Lunatic asylums in Bengal annual reports 1912-1924 - 1912-1924
Year: 1912
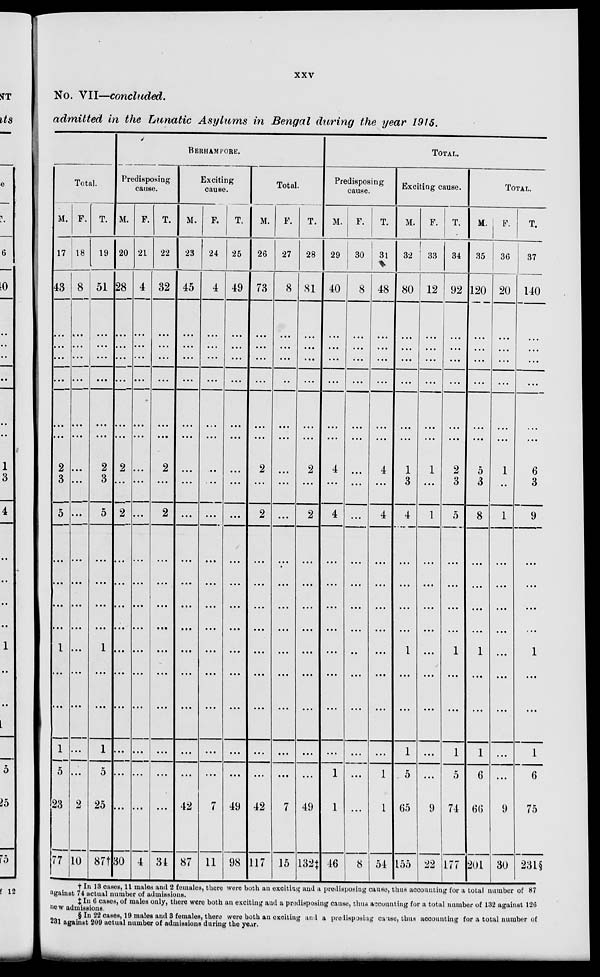
xxv
No. VII—concluded.
admitted in the Lunatic Asylums in Bengal during the year 1915.
Total.
M.
17
43
...
...
...
...
...
...
2
3
5
...
...
...
...
1
...
...
1
5
23
77
F.
18
8
...
...
...
...
...
...
...
...
...
...
...
...
...
...
...
...
...
...
2
10
T.
19
51
...
...
...
...
...
...
2
3
5
...
...
...
...
1
...
...
1
5
25
87†
BERHAMPORE.
Predisposing
cause.
M.
20
28
...
...
...
...
...
...
2
...
2
...
...
...
...
...
...
...
...
...
...
30
F.
21
4
...
...
...
...
...
...
...
...
...
....
...
....
...
...
...
...
...
...
...
4
T.
22
32
...
...
...
...
...
...
2
...
2
...
...
...
...
...
...
...
...
...
...
31
Exciting
cause.
M.
23
45
...
. ...
. ...
. ...
...
...
...
...
...
...
...
...
...
...
...
...
...
...
42
87
F.
24
4
...
...
...
...
...
...
...
...
...
...
...
...
...
...
...
...
. ..
...
7
11
T.
25
49
...
...
...
...
...
...
...
...
...
...
...
...
...
...
...
...
...
...
49
98
Total.
M.
26
73
...
...
...
...
...
...
2
...
2
...
...
...
...
...
...
...
...
...
42
117
F.
27
8
...
...
...
...
...
...
...
...
...
....
...
...
...
...
...
...
...
...
7
15
T.
28
81
...
...
...
...
...
...
2
...
2
...
...
...
...
...
...
...
...
...
49
132‡
TOTAL.
Predisposing
cause.
M.
29
40
...
...
...
...
...
...
4
...
4
...
...
...
...
...
...
...
...
1
1
46
F.
30
8
...
...
...
...
...
...
...
...
...
...
...
...
...
...
...
...
...
...
...
8
T.
31
48
...
...
...
...
...
...
4
...
4
...
...
...
...
...
...
...
...
1
1
54
Exciting cause.
M.
32
80
...
...
...
...
...
...
1
3
4
...
...
...
...
1
...
...
1
5
65
155
F.
33
12
...
...
...
...
...
...
1
...
1
...
...
...
...
...
...
...
...
...
9
22
T.
34
92
...
...
...
...
...
...
2
3
5
...
...
...
...
1
...
...
1
5
74
177
TOTAL.
M.
35
120
...
...
...
...
...
...
5
3
8
...
...
...
...
1
...
...
1
6
66
201
F.
36
20
...
...
...
...
...
...
1
...
1
...
...
...
...
...
...
...
...
...
9
30
T.
37
140
...
...
...
...
...
...
6
3
9
...
...
...
...
1
...
...
1
6
75
231§
† In 13 cases, 11 males and 2 females, there were both an exciting and a predisposing cause, thus accounting for a total number of 87
against 74 actual number of admissions.
‡ In 6 cases, of males only, there were both an exciting and a predisposing cause, thus accounting for a total number of 132 against 126
new admissions.
§ In 22 cases, 19 males and 3 females, there were both an exciting and a predisposing cause, thus accounting for a total number of
231 against 209 aotual number of admissions during the year.